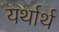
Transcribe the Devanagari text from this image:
यर्थार्थ